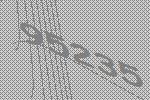
95235